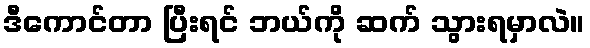
ဒီကောင်တာ ပြီးရင် ဘယ်ကို ဆက် သွားရမှာလဲ။